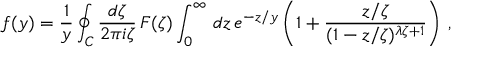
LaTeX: f ( y ) = { \frac { 1 } { y } } \oint _ { C } { \frac { d \zeta } { 2 \pi i \zeta } } \, { \cal F } ( \zeta ) \int _ { 0 } ^ { \infty } \, d z \, e ^ { - z / y } \left( 1 + { \frac { z / \zeta } { ( 1 - z / \zeta ) ^ { \lambda \zeta + 1 } } } \right) \, ,